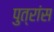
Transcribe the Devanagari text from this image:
पुत्रांस